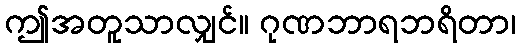
ဤအတူသာလျှင်။ ဂုဏဘာရဘရိတာ၊